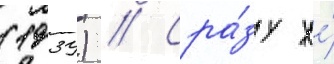
(1939) // Сра́зу же́